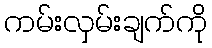
ကမ်းလှမ်းချက်ကို